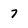
Character: 7